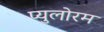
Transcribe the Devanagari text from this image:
प्युलोरम